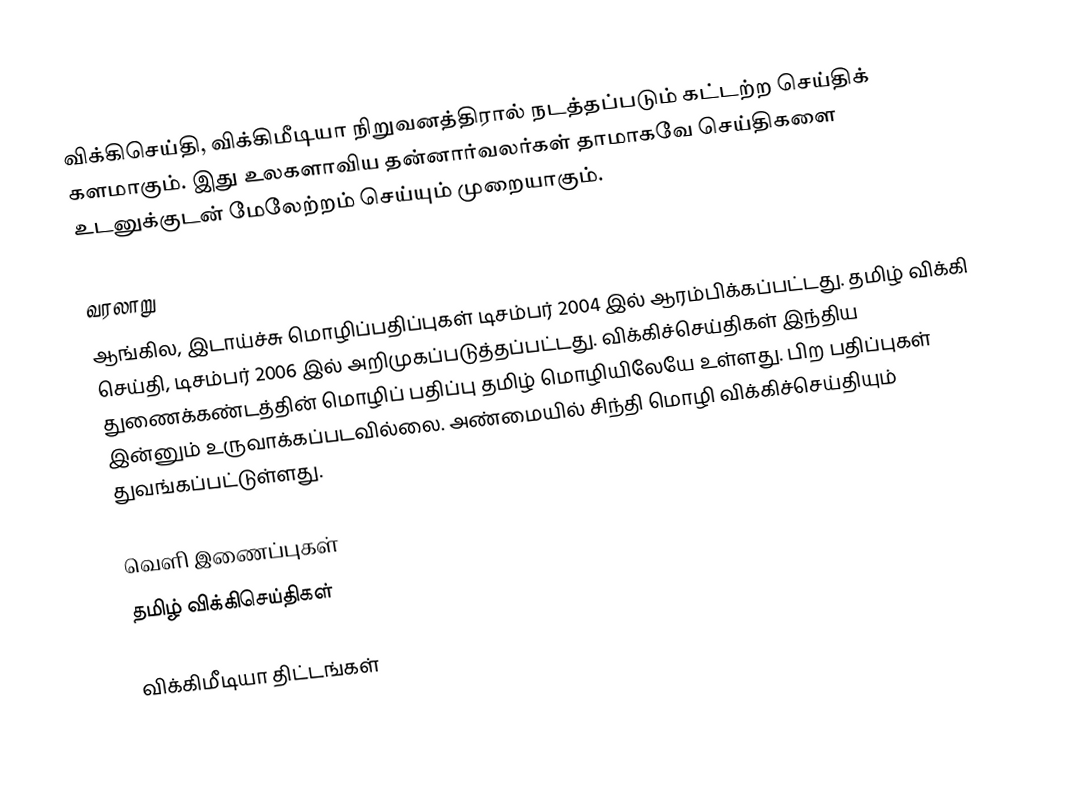
விக்கிசெய்தி, விக்கிமீடியா நிறுவனத்திரால் நடத்தப்படும் கட்டற்ற செய்திக் களமாகும். இது உலகளாவிய தன்னார்வலர்கள் தாமாகவே செய்திகளை உடனுக்குடன் மேலேற்றம் செய்யும் முறையாகும்.

வரலாறு
ஆங்கில, இடாய்ச்சு மொழிப்பதிப்புகள் டிசம்பர் 2004 இல் ஆரம்பிக்கப்பட்டது. தமிழ் விக்கி செய்தி, டிசம்பர் 2006 இல் அறிமுகப்படுத்தப்பட்டது. விக்கிச்செய்திகள் இந்திய துணைக்கண்டத்தின் மொழிப் பதிப்பு தமிழ் மொழியிலேயே உள்ளது. பிற பதிப்புகள் இன்னும் உருவாக்கப்படவில்லை. அண்மையில் சிந்தி மொழி விக்கிச்செய்தியும் துவங்கப்பட்டுள்ளது.

வெளி இணைப்புகள்
 தமிழ் விக்கிசெய்திகள்

விக்கிமீடியா திட்டங்கள்